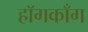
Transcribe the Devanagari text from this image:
हॉगकाँग